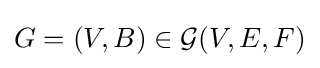
G=(V,B)\in {\mathcal {G}}(V,E,F)